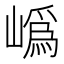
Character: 𭗛